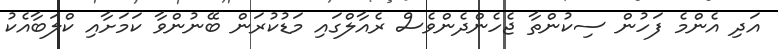
އަދި އެންމެ ފަހުން ސިކުންތާ ޖެހެންދެންވެސް ރެއާލްގައި މަޑުކުރަން ބޭނުންވާ ކަމަށާއި ކްލަބާއެކު